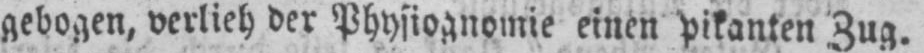
gebogen, verlieh der Physiognomie einen pikanten Zug.